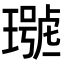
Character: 𤩩